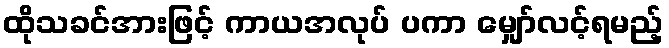
ထိုသခင်အားဖြင့် ကာယအလုပ် ပကာ မျှော်လင့်ရမည့်